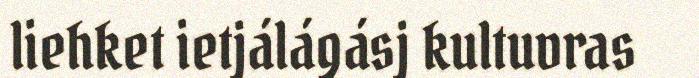
liehket ietjálágásj kultuvras